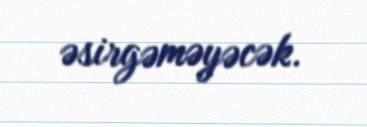
əsirgəməyəcək.